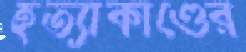
হত্যাকাণ্ডের